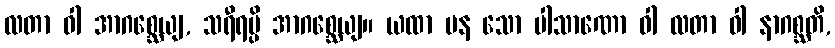
လတာ ဝါ အာဂစ္ဆေယျ, သရီရမ္ပိ အာဂစ္ဆေယျ။ ယထာ ပန သော ပါသာဏော ဝါ လတာ ဝါ နာဂစ္ဆတိ,